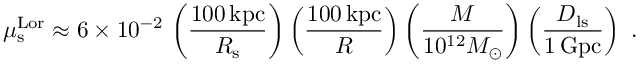
\mu _ { \mathrm { s } } ^ { \mathrm { L o r } } \approx 6 \times 1 0 ^ { - 2 } \, \left( \frac { 1 0 0 \, \mathrm { k p c } } { R _ { \mathrm { s } } } \right) \left( \frac { 1 0 0 \, \mathrm { k p c } } { R } \right) \left( \frac { M } { 1 0 ^ { 1 2 } M _ { \odot } } \right) \left( \frac { D _ { \mathrm { l s } } } { 1 \, \mathrm { G p c } } \right) \ .